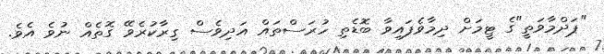
"ޕަދްމާވަތީ"ގެ ޓީމަށް ދިމާވެފައިވާ ބޮޑެތި ހުރަސްތައް އަދިވެސް ގިރާކުރެވޭ ގޮތެއް ނުވެ އެވެ.